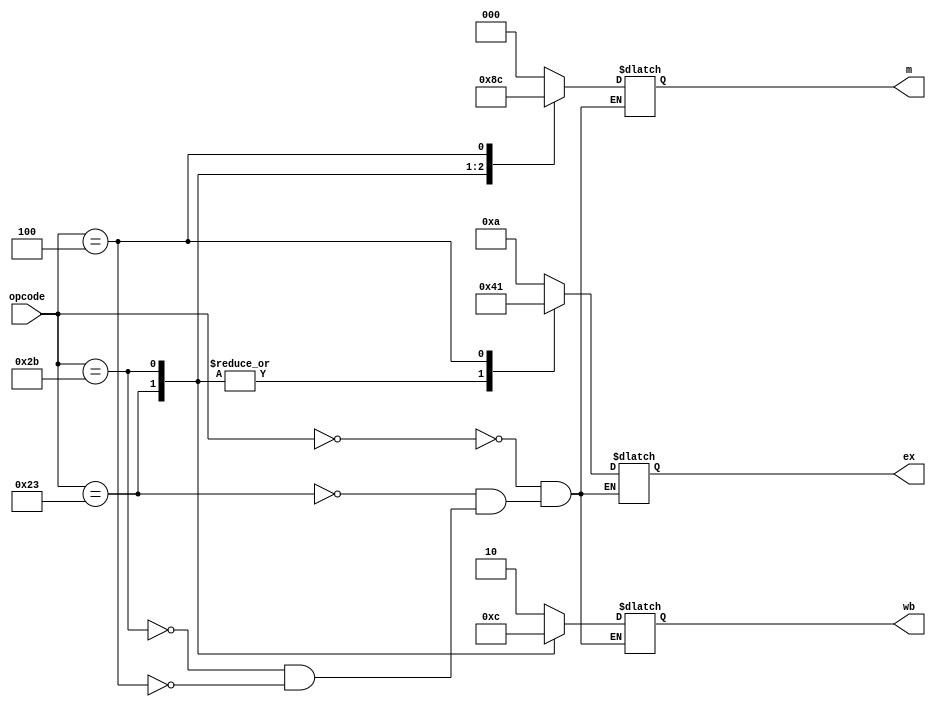
module control(opcode, wb, m, ex);

input [5:0] opcode;
output reg [1:0] wb;
output reg [2:0] m;
output reg [3:0] ex;

always @(opcode)
begin
	case(opcode)
		0:begin
			ex = 4'b1010;
			wb = 2'b10;
			m = 3'b000;
			end
		35:begin
			 ex = 4'b0100;
			 wb = 2'b11;
			 m = 3'b010;
		   end
		43:begin
			 ex = 4'b0100;
			 wb = 2'b00;
			 m = 3'b001;
		 	 end
		04:begin
			 ex = 4'b0001;
			 wb = 2'b10;
			 m = 3'b100;
		 	 end
	endcase
end
endmodule